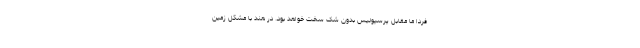
فردا ما مقابل پرسپولیس بدون شک سخت خواهد بود. در هند با مشکل زمین